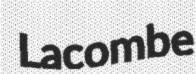
Lacombe